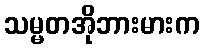
သမ္မတအိုဘားမားက